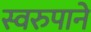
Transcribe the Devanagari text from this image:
स्वरुपाने